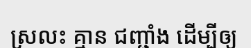
ស្រលះ គ្មាន ជញ្ជាំង ដើម្បីឲ្យ